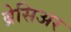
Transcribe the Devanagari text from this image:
ब्रेसिअर